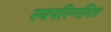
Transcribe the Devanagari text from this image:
स्वपरिणमित्र